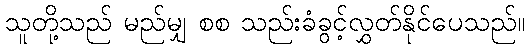
သူတို့သည် မည်မျှ စစ သည်းခံခွင့်လွှတ်နိုင်ပေသည်။